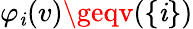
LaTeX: \varphi_{\mathit{i}}(v)\geqv(\{ \mathit{i}\} )